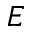
E